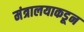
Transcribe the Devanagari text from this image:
मंत्रालयाकडून